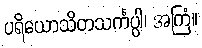
ပရိယောသိတသင်္ကပ္ပါ၊ အကြံ။